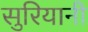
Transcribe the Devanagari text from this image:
सुरियानी